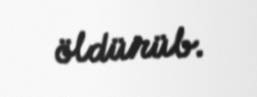
öldürüb.